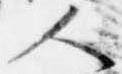
人